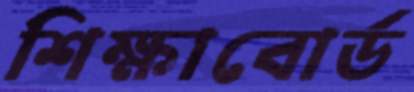
শিক্ষাবোর্ড